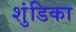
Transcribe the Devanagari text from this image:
शुंडिका